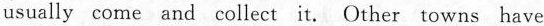
usually come and collect it. Other towns have